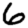
Digit: 6